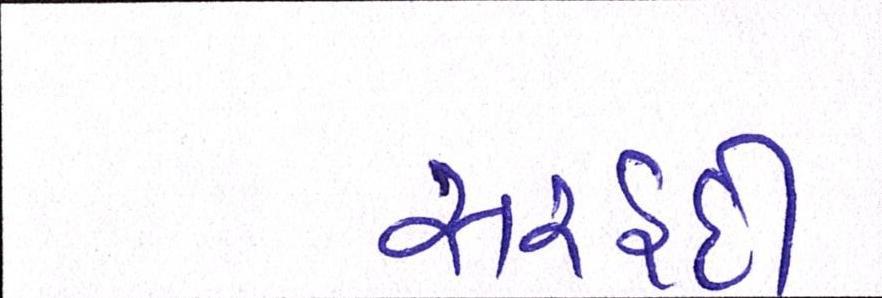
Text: સરહદી